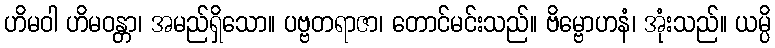
ဟိမဝါ ဟိမဝန္တာ၊ အမည်ရှိသော။ ပဗ္ဗတရာဇာ၊ တောင်မင်းသည်။ ဗိမ္ဗောဟနံ၊ အုံးသည်။ ယမ္ပိ